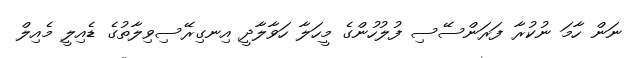
ނަން ހާމަ ނުކުރާ ފަރަންސޭސި ފުލުހުންގެ މީހަލާ ހަވާލާދީ އިނގިރޭސިވިލާތުގެ ޑެއިލީ މެއިލް